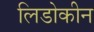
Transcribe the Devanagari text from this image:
लिडोकीन